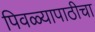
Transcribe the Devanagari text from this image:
पिवळ्यापाठीचा